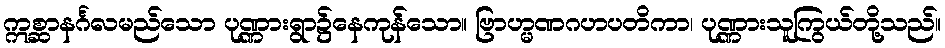
ဣစ္ဆာနင်္ဂလမည်သော ပုဏ္ဏားရွာ၌နေကုန်သော။ ဗြာဟ္မဏဂဟပတိကာ၊ ပုဏ္ဏားသူကြွယ်တို့သည်။